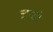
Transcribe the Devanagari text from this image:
जप्वो